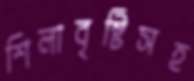
শিলাবৃষ্টিসহ